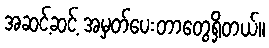
အဆင့်ဆင့် အမှတ်ပေးတာတွေရှိတယ်။